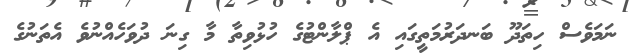
ނަމަވެސް ހިތަދޫ ބަނދަރުމަތީގައި އެ ޕްލާންޓުގެ ހުޅުވިތާ މާ ގިނަ ދުވަހެއްނުވެ އެތަނުގެ